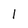
Character: l